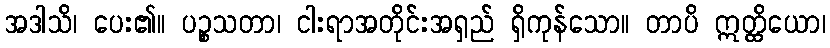
အဒါသိ၊ ပေး၏။ ပဉ္စသတာ၊ ငါးရာအတိုင်းအရှည် ရှိကုန်သော။ တာပိ ဣတ္ထိယော၊